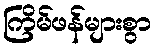
ကြိမ်ဖန်များစွာ